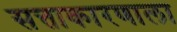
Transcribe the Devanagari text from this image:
सत्ताकारणाला